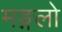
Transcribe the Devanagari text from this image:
मङ्गलो